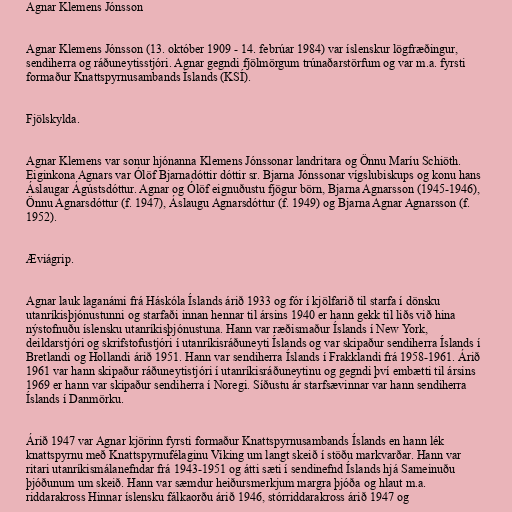
Agnar Klemens Jónsson

Agnar Klemens Jónsson (13. október 1909 - 14. febrúar 1984) var íslenskur lögfræðingur,
sendiherra og ráðuneytisstjóri. Agnar gegndi fjölmörgum trúnaðarstörfum og var m.a. fyrsti
formaður Knattspyrnusambands Íslands (KSÍ).

Fjölskylda.

Agnar Klemens var sonur hjónanna Klemens Jónssonar landritara og Önnu Maríu Schiöth.
Eiginkona Agnars var Ólöf Bjarnadóttir dóttir sr. Bjarna Jónssonar vígslubiskups og konu hans
Áslaugar Ágústsdóttur. Agnar og Ólöf eignuðustu fjögur börn, Bjarna Agnarsson (1945-1946),
Önnu Agnarsdóttur (f. 1947), Áslaugu Agnarsdóttur (f. 1949) og Bjarna Agnar Agnarsson (f.
1952).

Æviágrip.

Agnar lauk laganámi frá Háskóla Íslands árið 1933 og fór í kjölfarið til starfa í dönsku
utanríkisþjónustunni og starfaði innan hennar til ársins 1940 er hann gekk til liðs við hina
nýstofnuðu íslensku utanríkisþjónustuna. Hann var ræðismaður Íslands í New York,
deildarstjóri og skrifstofustjóri í utanríkisráðuneyti Íslands og var skipaður sendiherra Íslands í
Bretlandi og Hollandi árið 1951. Hann var sendiherra Íslands í Frakklandi frá 1958-1961. Árið
1961 var hann skipaður ráðuneytistjóri í utanríkisráðuneytinu og gegndi því embætti til ársins
1969 er hann var skipaður sendiherra í Noregi. Síðustu ár starfsævinnar var hann sendiherra
Íslands í Danmörku.

Árið 1947 var Agnar kjörinn fyrsti formaður Knattspyrnusambands Íslands en hann lék
knattspyrnu með Knattspyrnufélaginu Víking um langt skeið í stöðu markvarðar. Hann var
ritari utanríkismálanefndar frá 1943-1951 og átti sæti í sendinefnd Íslands hjá Sameinuðu
þjóðunum um skeið. Hann var sæmdur heiðursmerkjum margra þjóða og hlaut m.a.
riddarakross Hinnar íslensku fálkaorðu árið 1946, stórriddarakross árið 1947 og